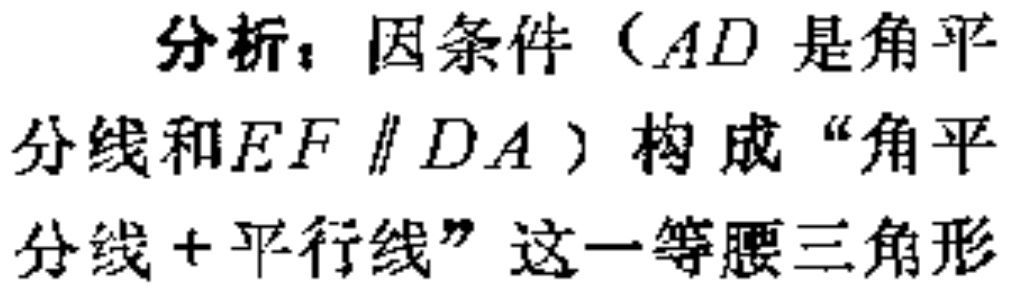
分析：因条件（\(AD\) 是角平分线和\(EF \parallel DA\)）构成“角平分线+平行线”这一等腰三角形